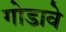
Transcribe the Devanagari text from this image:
गोडावे